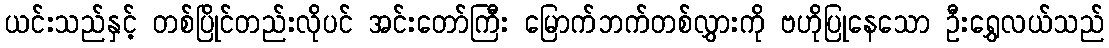
ယင်းသည်နှင့် တစ်ပြိုင်တည်းလိုပင် အင်းတော်ကြီး မြောက်ဘက်တစ်လွှားကို ဗဟိုပြုနေသော ဦးရွှေလယ်သည်